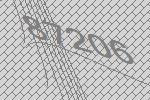
87206